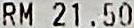
RM 21.50